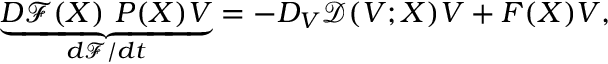
\underbrace { D \mathcal { F } ( X ) ~ P ( X ) V } _ { d { \mathcal { F } } / d t } = - D _ { V } \mathcal { D } ( V ; X ) V + F ( X ) V ,